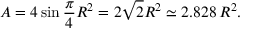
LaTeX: A = 4 \sin { \frac { \pi } { 4 } } R ^ { 2 } = 2 { \sqrt { 2 } } R ^ { 2 } \simeq 2 . 8 2 8 \, R ^ { 2 } .